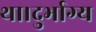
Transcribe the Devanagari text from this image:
था।दुर्भाग्य